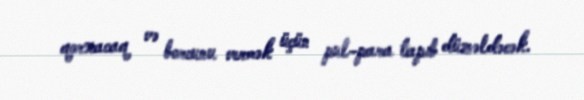
qorxacaq və borcunu vermək üçün pul-para tapıb düzəldəcək.